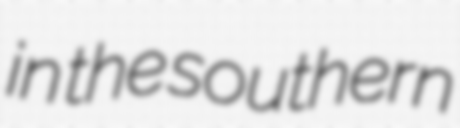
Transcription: in the southern